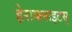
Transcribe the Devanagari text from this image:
हेराक्लाइटस्